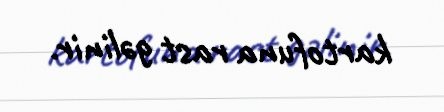
kartofuna rast gəlinir.